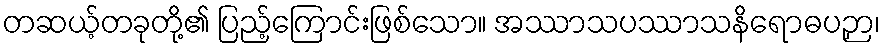
တဆယ့်တခုတို့၏ ပြည့်ကြောင်းဖြစ်သော။ အဿာသပဿာသနိရောဓပဉှာ၊